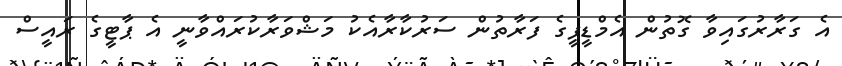
އެ ގަރާރުގައިވާ ގޮތުން އެމްޑީޕީގެ ފަރާތުން ސަރުކާރާއެކު މަޝްވަރާކުރައްވާނީ އެ ޕާޓީގެ ރައީސް